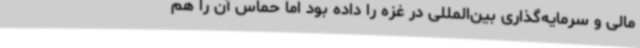
مالی و سرمایه‌گذاری بین‌المللی در غزه را داده بود اما حماس آن را هم